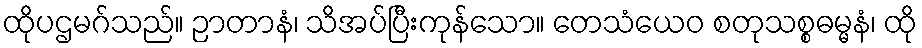
ထိုပဌမဂ်သည်။ ဉာတာနံ၊ သိအပ်ပြီးကုန်သော။ တေသံယေဝ စတုသစ္စဓမ္မနံ၊ ထို